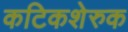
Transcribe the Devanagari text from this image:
कटिकशेरुक